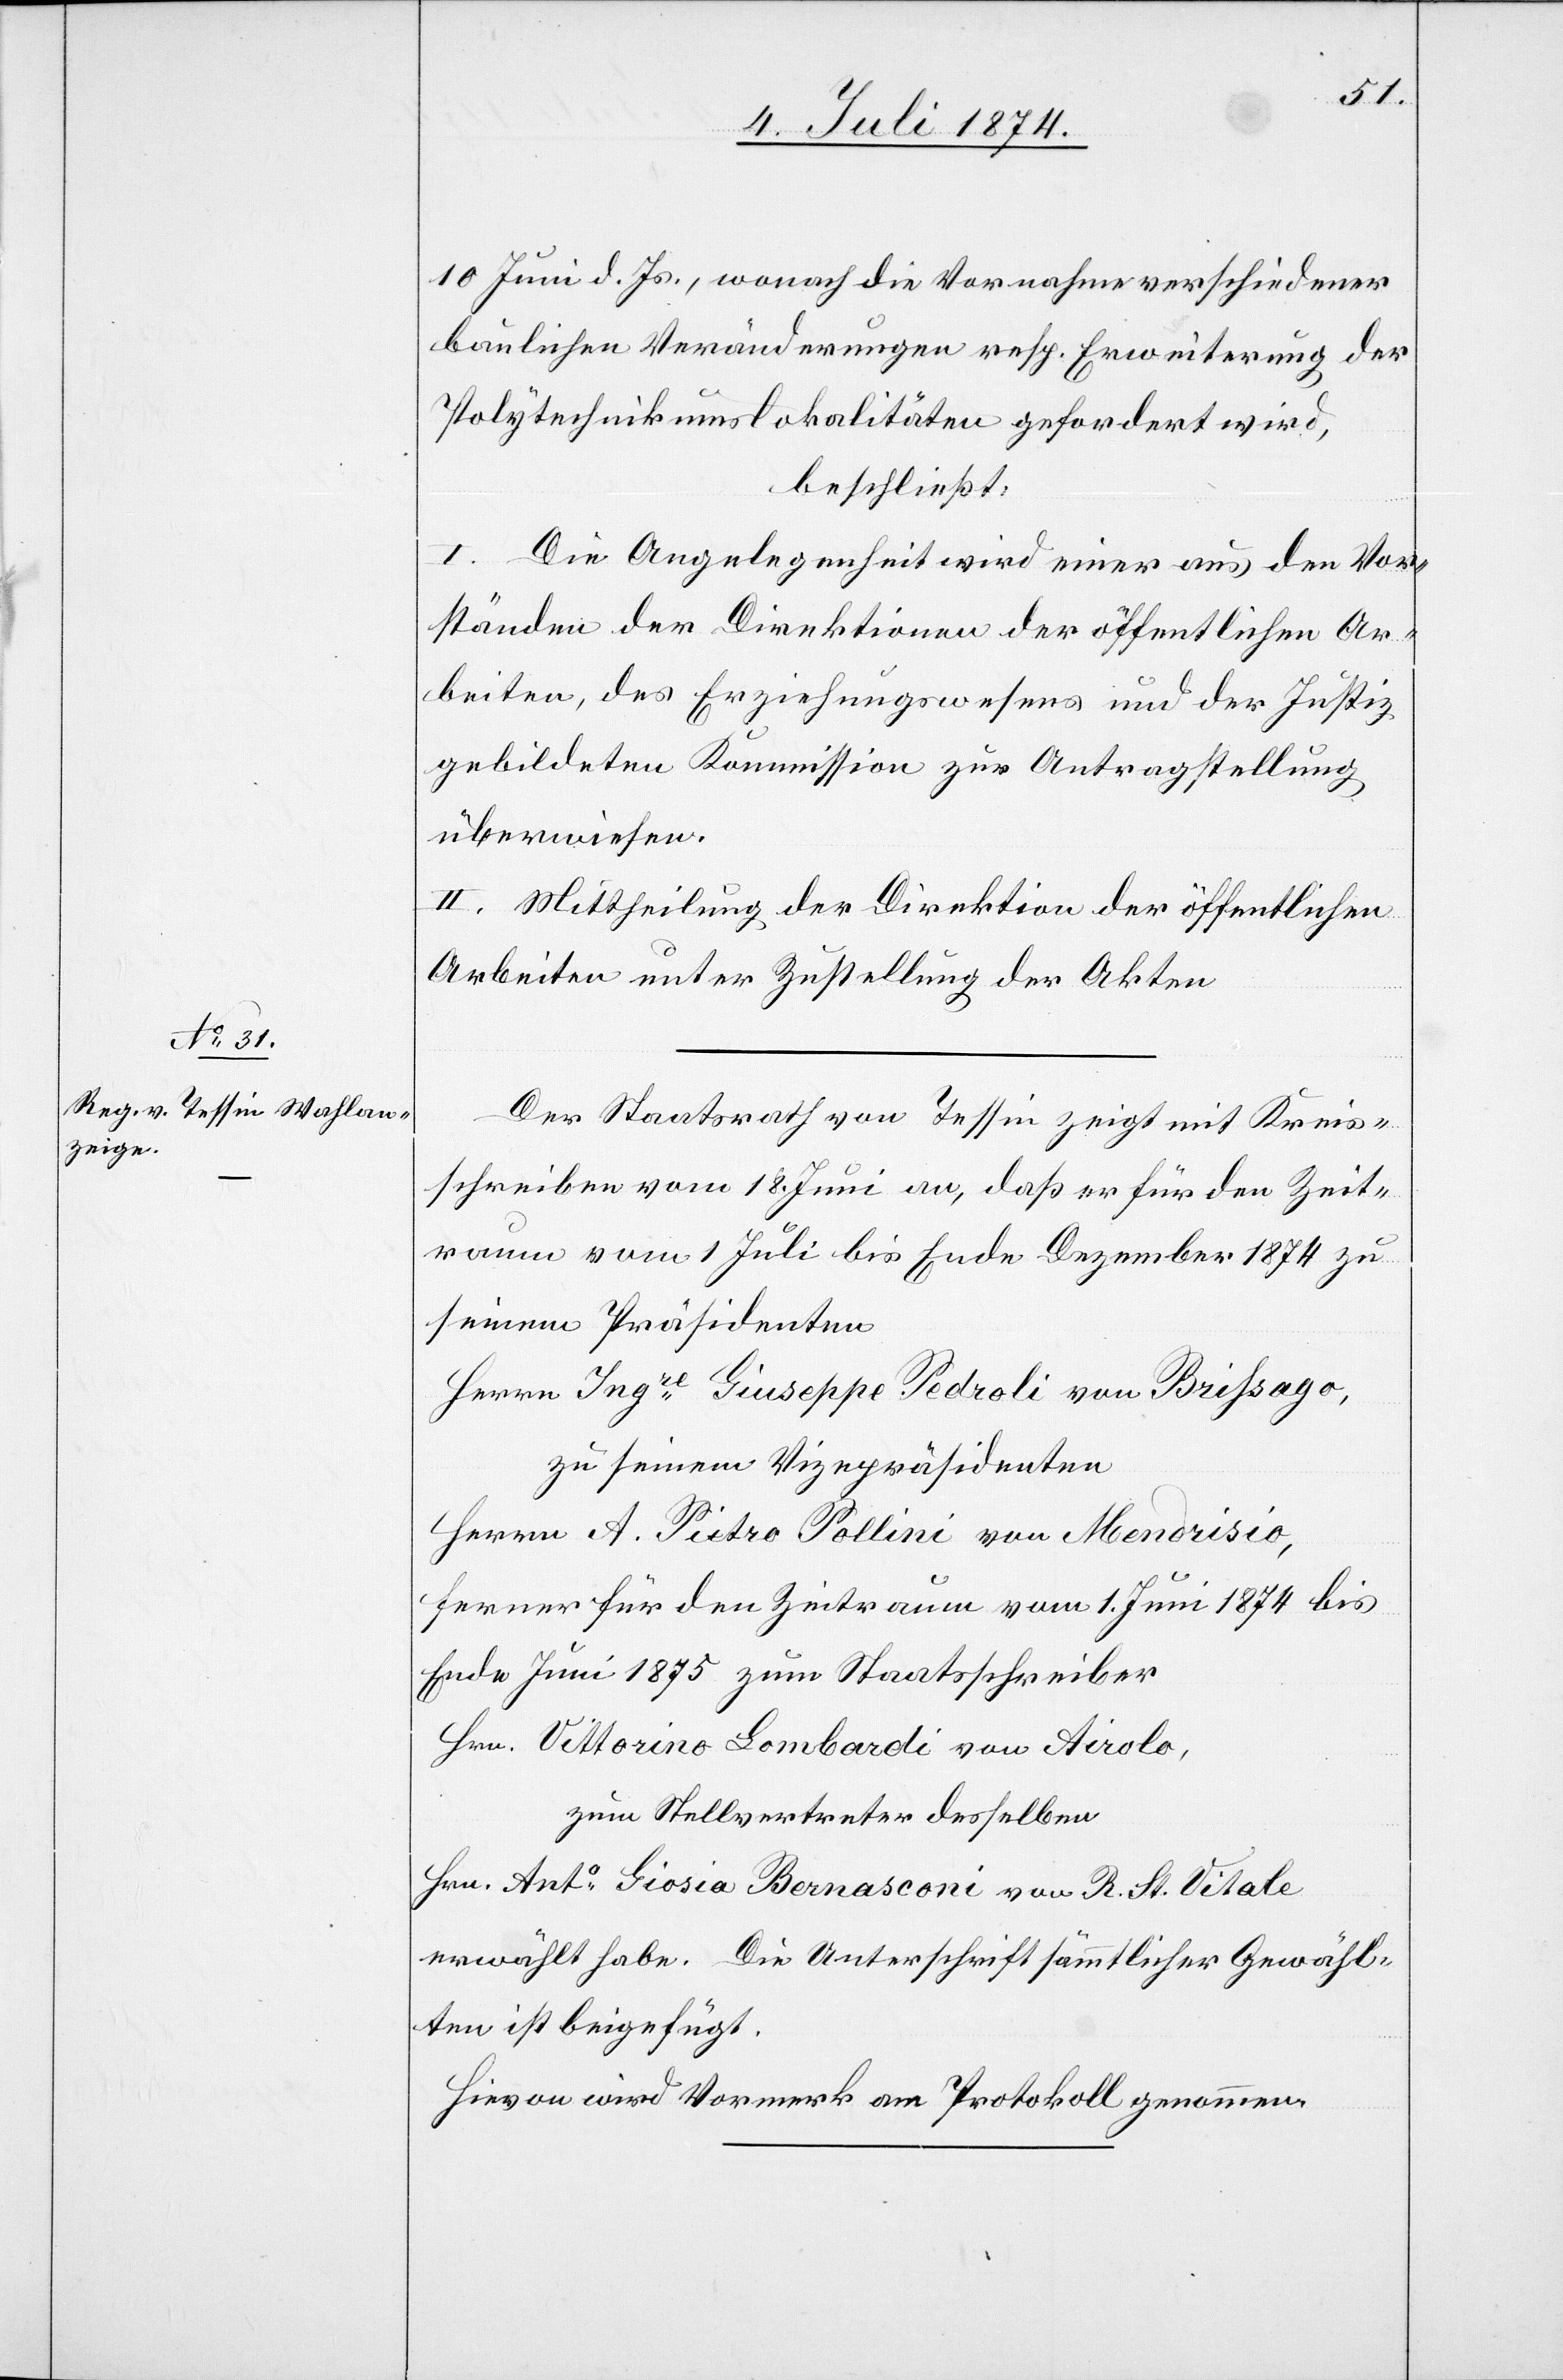
10. Juni d. Js., wonach die Vornahme verschiedener
baulichen Veränderungen resp. Erweiterung der
Polytechnikumslokalitäten gefordert wird,
beschließt:
I. Die Angelegenheit wird einer aus den Vor¬
ständen der Direktionen der öffentlichen Ar¬
beiten, des Erziehungswesens und der Justiz
gebildeten Kommission zur Antragstellung
überwiesen.
II. Mittheilung der Direktion der öffentlichen
Arbeiten unter Zustellung der Akten.
Der Staatsrath von Tessin zeigt mit Kreis¬
schreiben vom 18. Juni an daß er für den Zeit¬
raum vom 1. Juli bis Ende Dezember 1874 zu
seinem Präsidenten
Herrn Ingre Giuseppe Pedroli von Brißago,
zu seinem Vizepräsidenten
Herrn A. Pietro Pollini von Mendrisio,
ferner für den Zeitraum vom 1. Juni 1874 bis
Ende Juni 1875 zum Staatsschreiber
Hrn. Vittorino Lombardi von Airolo,
zum Stellvertreter desselben
Hrn. Anto Giosia Bernasconi von R. St. Vitale
erwählt habe. Die Unterschrift sämmtlicher Gewähl¬
ten ist beigefügt.
Hievon wird Vormerk am Protokoll genommen.